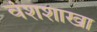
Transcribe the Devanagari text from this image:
वंशशाखा